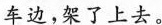
车边，架了上去。